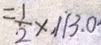
= \frac { 1 } { 2 } \times 1 1 3 . 0